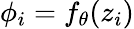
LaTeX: \phi_{i}=f_{\theta}(z_{i})